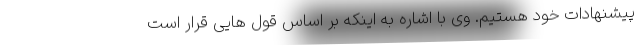
پیشنهادات خود هستیم. وی با اشاره به اینکه بر اساس قول هایی قرار است